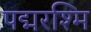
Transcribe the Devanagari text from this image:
पद्मरश्मि